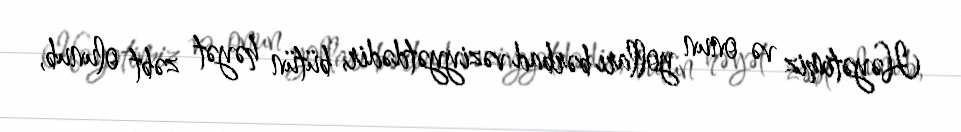
Həyətimiz və onun yolları bərbad vəziyyətdədir, bütün həyət zəbt olunub,